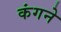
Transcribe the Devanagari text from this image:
कंगने